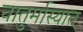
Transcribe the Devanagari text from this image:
चातुर्मास्यात